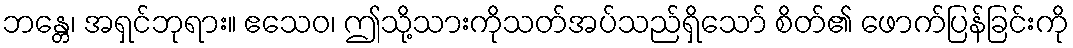
ဘန္တေ၊ အရှင်ဘုရား။ ဧသေဝ၊ ဤသို့သားကိုသတ်အပ်သည်ရှိသော် စိတ်၏ ဖောက်ပြန်ခြင်းကို